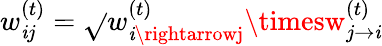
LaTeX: w_{\mathit{i}j}^{(t)}=\sqrt{}{{w_{\mathit{i}\rightarrowj}^{(t)}\timesw_{j\rightarrow\mathit{i}}^{(t)}}}